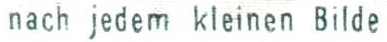
nacn jedem kleinen Bilde